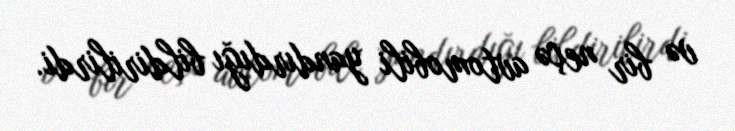
və bir neçə avtomobili yandırdığı bildirilirdi.